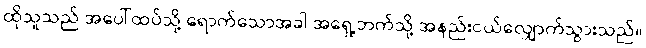
ထိုသူသည် အပေါ်ထပ်သို့ ရောက်သောအခါ အရှေ့ဘက်သို့ အနည်းငယ်လျှောက်သွားသည်။